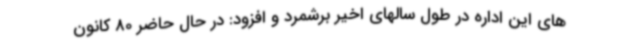
های این اداره در طول سالهای اخیر برشمرد و افزود: در حال حاضر 80 کانون‌